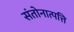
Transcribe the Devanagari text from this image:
संतोनात्पत्ति